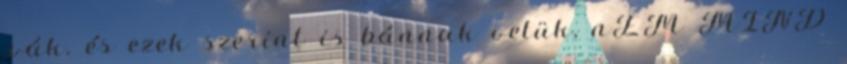
.vák. és ezek szerint is bánnak velük, nEM MIND